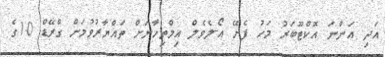
އަދި އަންނަ އޮކްޓޫބަރު މަހު ފެށޭ އޯ-ލެވެލް އިމްތިހާނަށް ތައްޔާރުވުމަށް ގްރޭޑް 10ގެ